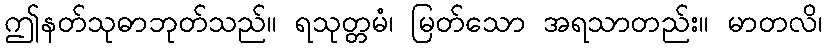
ဤနတ်သုဓာဘုတ်သည်။ ရသုတ္တမံ၊ မြတ်သော အရသာတည်း။ မာတလိ၊